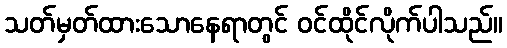
သတ်မှတ်ထားသောနေရာတွင် ဝင်ထိုင်လိုက်ပါသည်။